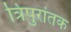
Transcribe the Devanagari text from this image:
त्रिपुरांतक